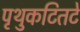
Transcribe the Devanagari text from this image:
पृथुकटितटे